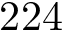
2 2 4